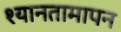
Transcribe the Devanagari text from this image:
श्यानतामापन